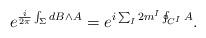
LaTeX: \begin{align*}e^{\frac{i}{2\pi}\int_{\Sigma}{dB\wedge A}}= e^{i\sum_{I}2m^{I}\oint_{C^I}A}.\end{align*}